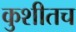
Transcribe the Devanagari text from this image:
कुशीतच